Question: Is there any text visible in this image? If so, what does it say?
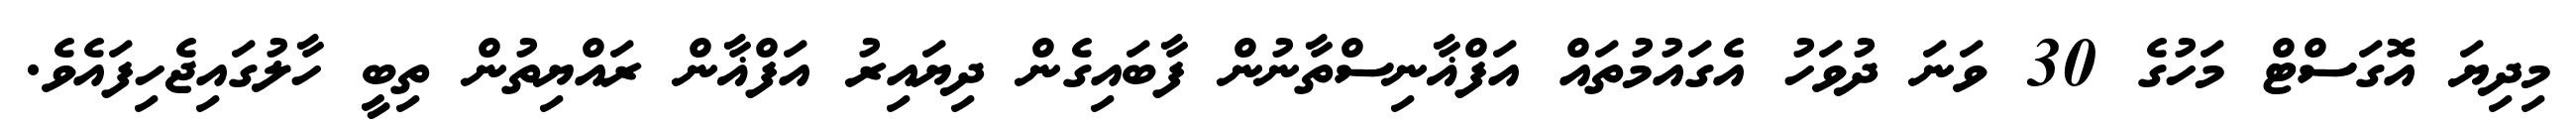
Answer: މިދިޔަ އޮގަސްޓް މަހުގެ 30 ވަނަ ދުވަހު އެގައުމުތައް އަފްޣާނިސްތާނުން ފާބައިގެން ދިޔައިރު އަފްޣާން ރައްޔިތުން ތިބީ ހާލުގައިޖެހިފައެވެ.